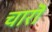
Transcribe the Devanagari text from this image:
चारॊ